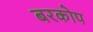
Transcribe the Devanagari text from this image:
बरकोप